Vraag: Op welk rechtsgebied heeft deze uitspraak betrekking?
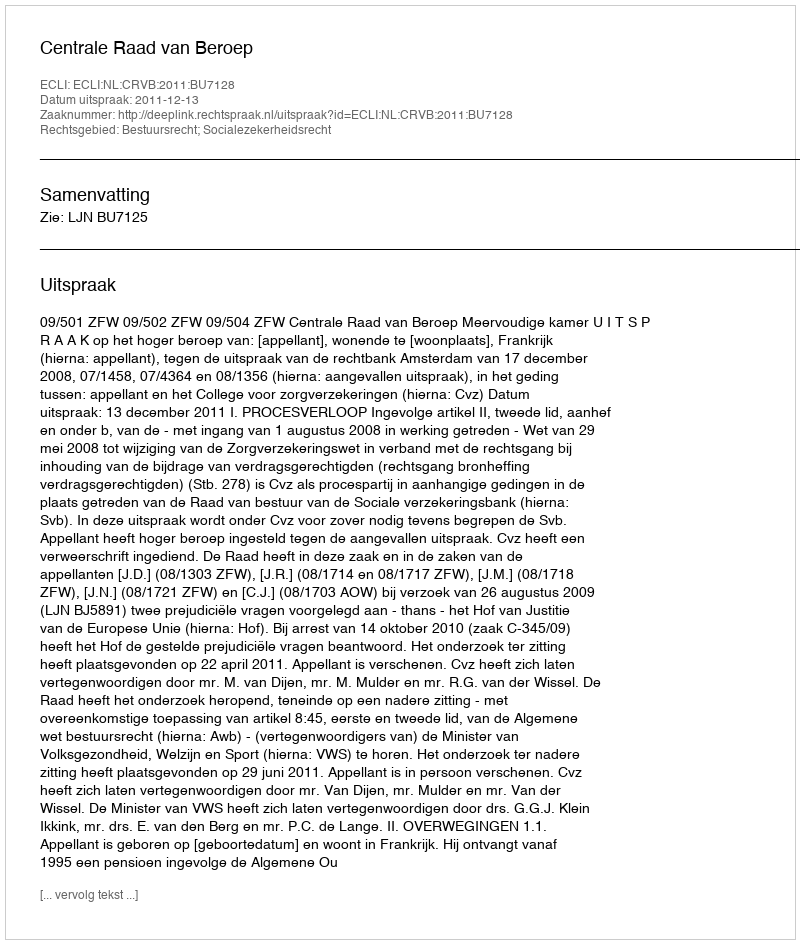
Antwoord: Bestuursrecht; Socialezekerheidsrecht